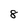
Character: 8